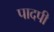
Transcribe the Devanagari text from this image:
पादपी